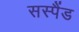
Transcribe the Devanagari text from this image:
सस्पैंड